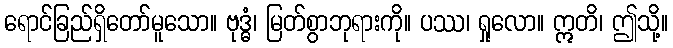
ရောင်ခြည်ရှိတော်မူသော။ ဗုဒ္ဓံ၊ မြတ်စွာဘုရားကို။ ပဿ၊ ရှုလော။ ဣတိ၊ ဤသို့။